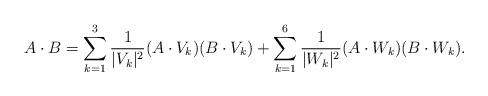
LaTeX: \begin{align*}A\cdot B=\sum_{k=1}^3\frac{1}{|V_k|^2}(A\cdot V_k)(B\cdot V_k)+\sum_{k=1}^6\frac{1}{|W_k|^2}(A\cdot W_k)(B\cdot W_k).\end{align*}